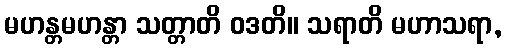
မဟန္တမဟန္တာ သတ္တာတိ ဝဒတိ။ သရာတိ မဟာသရာ,